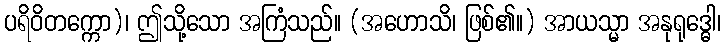
ပရိဝိတက္ကော)၊ ဤသို့သော အကြံသည်။ (အဟောသိ၊ ဖြစ်၏။) အာယသ္မာ အနုရုဒ္ဓေါ၊